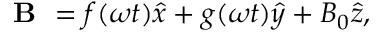
\begin{array} { r } { \textbf { B } = f ( \omega t ) \hat { x } + g ( \omega t ) \hat { y } + B _ { 0 } \hat { z } , } \end{array}